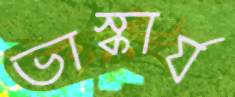
ভাস্কার্য